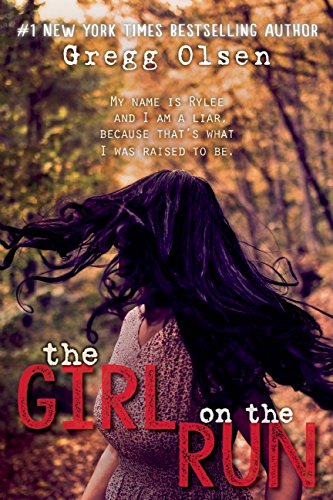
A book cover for The Girl on the Run; Gregg Olsen; Teen & Young Adult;